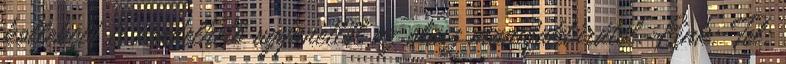
kollekció is rendelhető ugyanettől az olasz manufaktúrától. Link: Tel: